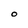
Character: O